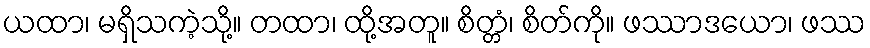
ယထာ၊ မရှိသကဲ့သို့။ တထာ၊ ထို့အတူ။ စိတ္တံ၊ စိတ်ကို။ ဖဿာဒယော၊ ဖဿ